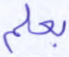
بعلم